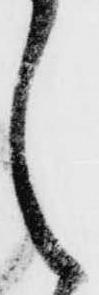
之